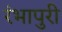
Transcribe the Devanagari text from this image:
रंभापुरी